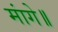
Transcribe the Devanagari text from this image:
मांगे॥